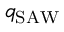
q _ { \mathrm { S A W } }